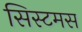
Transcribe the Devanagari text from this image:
सिस्टमस